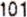
101